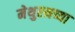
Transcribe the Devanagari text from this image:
मेथुएनच्या